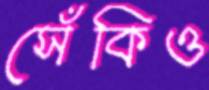
সেঁকিও